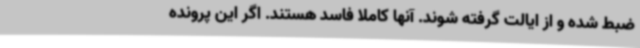
ضبط شده و از ایالت گرفته شوند. آنها کاملا فاسد هستند. اگر این پرونده